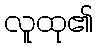
လူထု၏